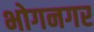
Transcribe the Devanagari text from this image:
भोगनगर